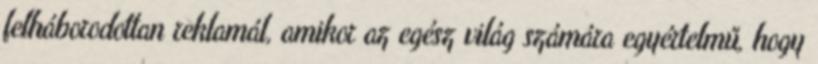
felháborodottan reklamál, amikor az egész világ számára egyértelmű, hogy